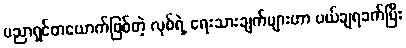
ပညာရှင်တယောက်ဖြစ်တဲ့ လုစ်ရဲ့ ရေးသားချက်များဟာ ပယ်ချရခက်ပြီး